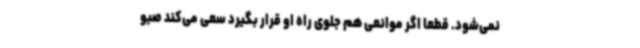
نمی‌شود. قطعا اگر موانعی هم جلوی راه او قرار بگیرد سعی می‌کند صبو